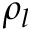
\rho _ { l }